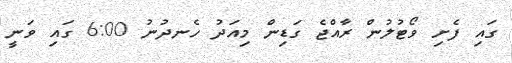
ގައި ފެށި ވޯޓުލުން ރާއްޖެ ގަޑިން މިއަދު ހެނދުނު 6:00 ގައި ވަނީ